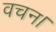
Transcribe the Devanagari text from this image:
वचन।